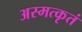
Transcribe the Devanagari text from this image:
अस्मत्कृतं